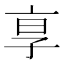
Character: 𬽊